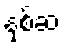
နှစ်ဆ